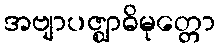
အဗျာပဇ္ဈာဓိမုတ္တော